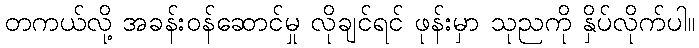
တကယ်လို့ အခန်းဝန်ဆောင်မှု လိုချင်ရင် ဖုန်းမှာ သုညကို နှိပ်လိုက်ပါ။